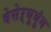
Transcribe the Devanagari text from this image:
वेसेऱ्युबुंग